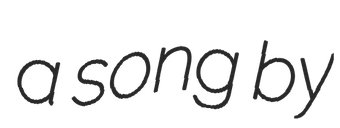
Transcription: a song by